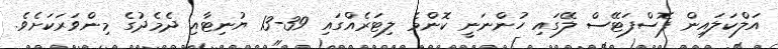
އަލްކަލައިން ފޮސްފަޓޭސް ލޭގައި ހުންނަނީ ކޮންމެ ލިޓަރެއްގައި 39-13 ޔުނިޓާއި ދެމެދުގެ މިންވަރަކަށެވެ.